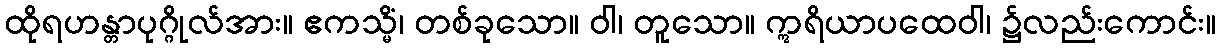
ထိုရဟန္တာပုဂ္ဂိုလ်အား။ ဧကသ္မိံ၊ တစ်ခုသော။ ဝါ၊ တူသော။ ဣရိယာပထေဝါ၊ ၌လည်းကောင်း။